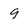
Character: 9